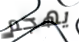
يهجم